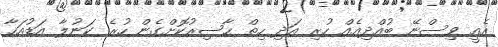
އެއީ ވިސްނޭ ބުއްދިއެއް ހުރި އަދި ހިތް ޙާޟިރުކޮށްގެން ހުރެ ކަނުލާ އަޑުއަހާ